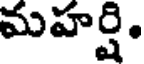
మహర్షి.